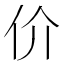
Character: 价